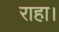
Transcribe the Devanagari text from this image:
राहा।